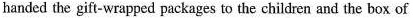
handed the gift-wrapped packages to the children and the box of